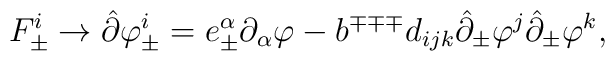
F^i_{\pm}\rightarrow\hat\partial\varphi^i_{\pm}=e^\alpha_{\pm}\partial_\alpha\varphi-b^{\mp\mp\mp}d_{ijk}\hat\partial_{\pm}\varphi^j\hat\partial_{\pm}\varphi^k,